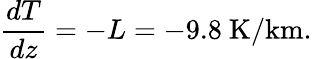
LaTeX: {\frac{dT}{dz}}=-L=-9.8\mathrm{\ K/km}.